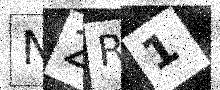
Text: N2R1